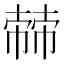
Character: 𢄬